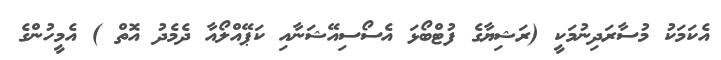
އެކަމަކު މުސާރަދިނުމަކީ (ރަޝިޔާގެ ފުޓްބޯޅަ އެސޯސިއޭޝަނާއި ކަޕޭއްލޯއާ ދެމެދު އޮތް ) އެމީހުންގެ